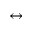
\leftrightarrow